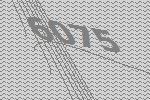
6075